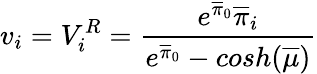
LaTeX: v_{i}=V_{i}^{R}=\frac{{e^{\overline{{{\pi}}}_{0}}\overline{{{\pi}}}_{i}}}{e^{\overline{{{\pi}}}_{0}}-cosh(\overline{{{\mu}}})}